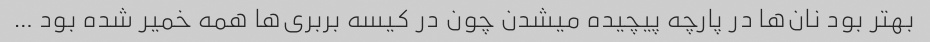
بهتر بود نان‌ها در پارچه پیچیده میشدن چون در کیسه بربری‌ها همه خمیر شده بود …